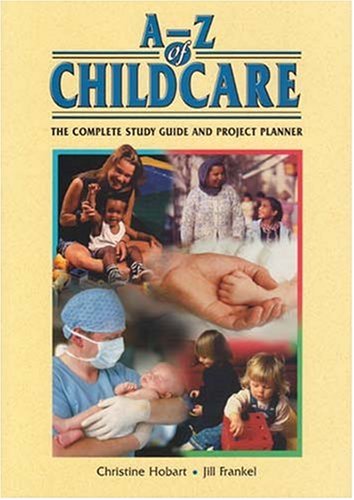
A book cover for A-Z of Childcare: The Complete Study Guide and Project Planner; Christine Hobart; Parenting & Relationships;